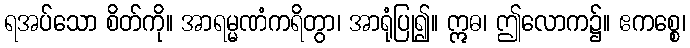
ရအပ်သော စိတ်ကို။ အာရမ္မဏံကရိတွာ၊ အာရုံပြု၍။ ဣဓ၊ ဤလောက၌။ ဧကစ္စေ၊